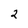
Character: 2